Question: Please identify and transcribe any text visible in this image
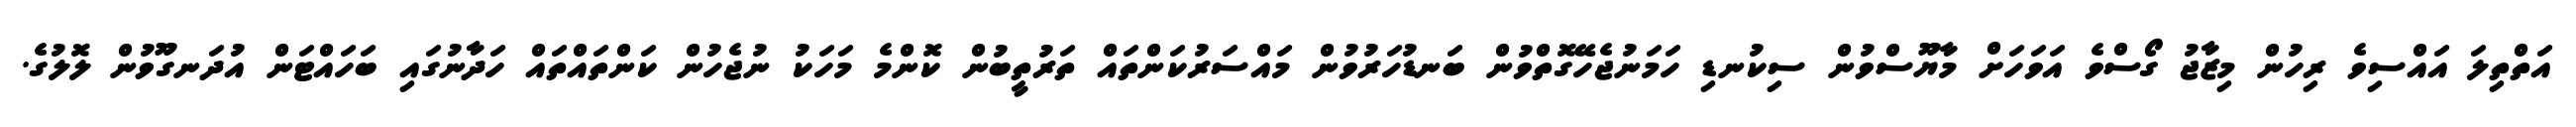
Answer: އަތްތިލަ އައްސިވެ ރިހުން މިޒާޖު ގޯސްވެ އަވަހަށް މާޔޫސްވުން ސިކުނޑި ހަމަނުޖެހޭގޮތްވުން ބަނޑުހަރުވުން މައްސަރުކަންތައް ތަރުތީބުން ކޮންމެ މަހަކު ނުޖެހުން ކަންތައްތައް ހަދާނުގައި ބަހައްޓަން އުދަނގޫވުން ލޮލުގެ.